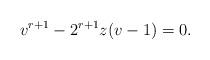
LaTeX: \begin{align*} v^{r+1}-2^{r+1}z(v-1)=0.\end{align*}